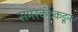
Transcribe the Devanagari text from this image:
समरकंदकडून